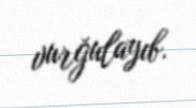
vurğulayıb.